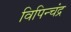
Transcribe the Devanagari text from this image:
विपिन्चंद्र